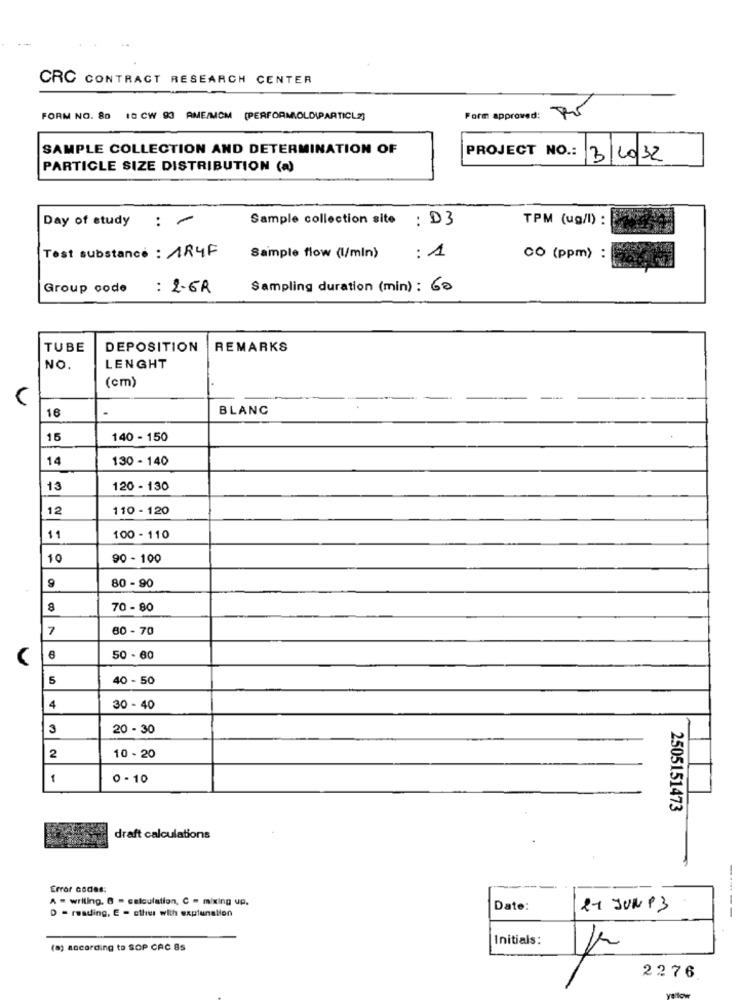
--
CRC CONTRACT RESEARCH CENTER
FORM NO. 80 10 CW 93 AME/MCM (PERFORMIOLDIPARTICL2]
Form approved:
SAMPLE COLLECTION AND DETERMINATION OF
PROJECT NO .: 3/10/32
PARTICLE SIZE DISTRIBUTION (a)
Sample collection site : D3
TPM (ug/l) :
Day of study : -
Test substance : 184F
Sample flow (l/min)
: 1
CO (ppm) :
Group code : 2-6R
Sampling duration (min) : 60
TUBE
DEPOSITION
REMARKS
NO.
LENGHT
(cm)
16
BLANC
15
140 - 150
14
130 - 140
13
120 - 130
12
110 - 120
11
100 - 110
10
90 - 100
9
80 - 90
8
70 - 80
7
80 - 70
50 - 60
5
40 - 50
4
30 - 40
3
20 - 30
2
10 - 20
1
0- 10
2505151473
draft calculations
Error codes:
A = writing. 8 - calculation, C = mixing up.
D = reading, E - sthes with explanation
Date:
21 JUNP3
-----
Initials:
(a) according to SOP CAC 85
2276